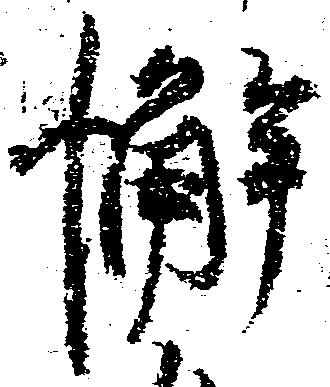
懈